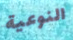
النوعية